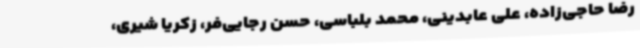
رضا حاجی‌زاده، علی عابدینی، محمد بلباسی، حسن رجایی‌فر، زکریا شیری،